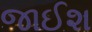
જાઈશ